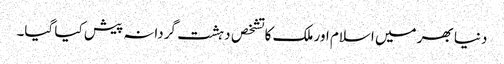
دنیا بھر میں اسلام اور ملک کا تشخص دہشت گردانہ پیش کیا گیا۔